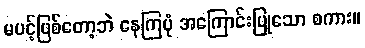
မပင့်ဖြစ်တော့ဘဲ နေကြပုံ အကြောင်းပြုသော စကား။